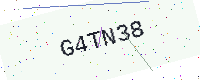
Text: G4TN38